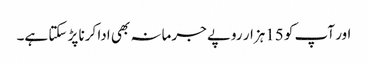
اور آپ کو 15ہزار روپے جرمانہ بھی ادا کرنا پڑ سکتا ہے۔